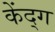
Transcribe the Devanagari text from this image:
केंद्ग